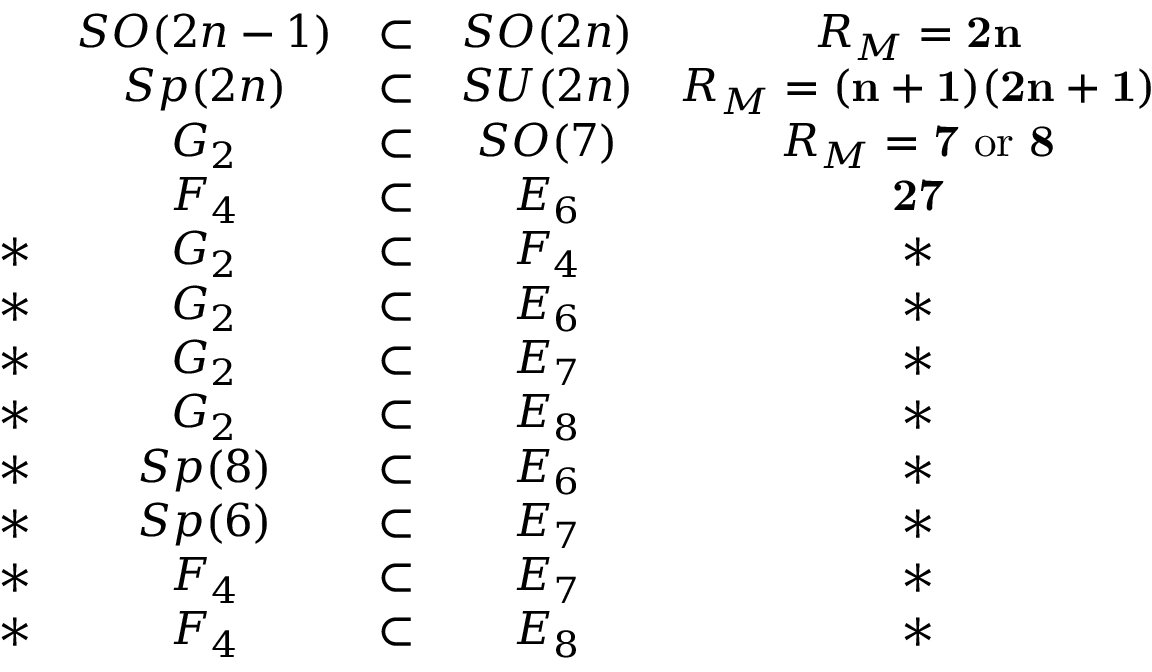
\begin{array} { c c c c c } { { } } & { { S O ( 2 n - 1 ) } } & { { \subset } } & { { S O ( 2 n ) } } & { { R _ { M } = { \bf 2 n } } } \\ { { } } & { { S p ( 2 n ) } } & { { \subset } } & { { S U ( 2 n ) } } & { { R _ { M } = { \bf ( n + 1 ) ( 2 n + 1 ) } } } \\ { { } } & { { G _ { 2 } } } & { { \subset } } & { { S O ( 7 ) } } & { { R _ { M } = { \bf 7 } \mathrm { \ o r \ } { \bf 8 } } } \\ { { } } & { { F _ { 4 } } } & { { \subset } } & { { E _ { 6 } } } & { { { \bf 2 7 } } } \\ { { \ast } } & { { G _ { 2 } } } & { { \subset } } & { { F _ { 4 } } } & { { \ast } } \\ { { \ast } } & { { G _ { 2 } } } & { { \subset } } & { { E _ { 6 } } } & { { \ast } } \\ { { \ast } } & { { G _ { 2 } } } & { { \subset } } & { { E _ { 7 } } } & { { \ast } } \\ { { \ast } } & { { G _ { 2 } } } & { { \subset } } & { { E _ { 8 } } } & { { \ast } } \\ { { \ast } } & { { S p ( 8 ) } } & { { \subset } } & { { E _ { 6 } } } & { { \ast } } \\ { { \ast } } & { { S p ( 6 ) } } & { { \subset } } & { { E _ { 7 } } } & { { \ast } } \\ { { \ast } } & { { F _ { 4 } } } & { { \subset } } & { { E _ { 7 } } } & { { \ast } } \\ { { \ast } } & { { F _ { 4 } } } & { { \subset } } & { { E _ { 8 } } } & { { \ast } } \end{array}